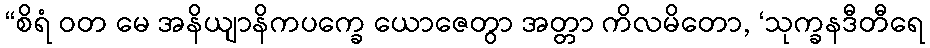
“စိရံ ဝတ မေ အနိယျာနိကပက္ခေ ယောဇေတွာ အတ္တာ ကိလမိတော, ‘သုက္ခနဒီတီရေ